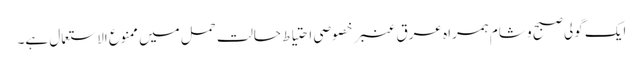
ایک گولی صبح و شام ہمراہ عرق عنبر خصوصی احتیاط حالتِ حمل میں ممنوع الاستعمال ہے۔